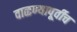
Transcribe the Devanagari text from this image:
वाळण्यापूर्वीच